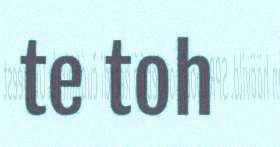
te toh